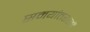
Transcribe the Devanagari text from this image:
समयांतरालों